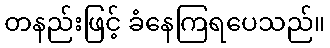
တနည်းဖြင့် ခံနေကြရပေသည်။